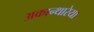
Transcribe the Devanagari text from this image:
अकान्थारेया